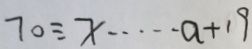
7 0 \div x \cdots a + 1 9